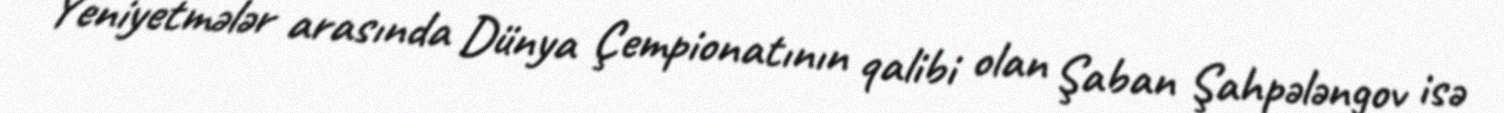
Yeniyetmələr arasında Dünya Çempionatının qalibi olan Şaban Şahpələngov isə